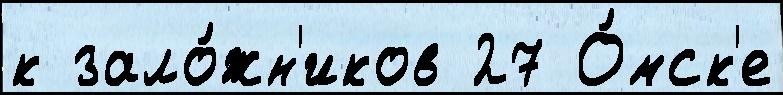
к зало́жн'иков 27 О́мск'е